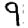
Digit: 9